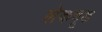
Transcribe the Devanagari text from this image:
लेकवूड